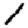
Digit: 1